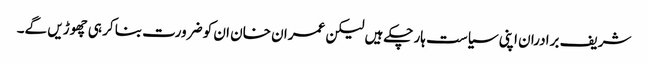
شریف برادران اپنی سیاست ہار چکےہیں لیکن عمران خان ان کو ضرورت بنا کر ہی چھوڑیں گے۔